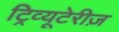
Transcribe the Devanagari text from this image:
ट्रिव्यूटेरीज़